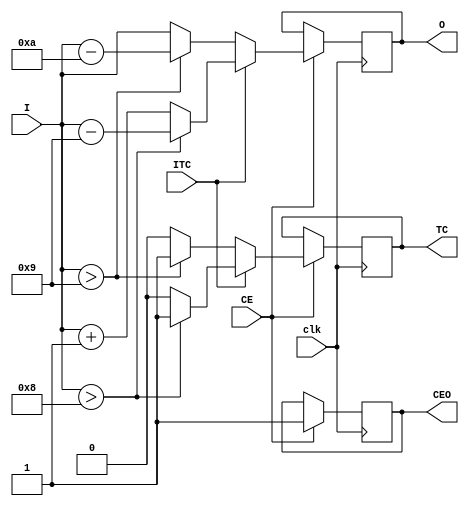
module H2D(
	input [3:0]I,	output reg [3:0]O = 0,
	input clk,		
	input ITC,		output reg TC = 0,
	input CE, 		output reg CEO = 0
    );

always @(posedge clk)
	if (CE) begin
		if (ITC)
			begin
				TC <= (I > 4'h8) ? 1 : 0;
				O <= (I > 4'h8) ? I - 4'h9 : I + 4'h1;
			end
		else
			begin
				TC <= (I > 4'h9) ? 1 : 0;
				O <= (I > 4'h9) ? I - 4'hA : I;
			end
		CEO <= 1;
	end
endmodule